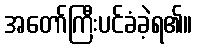
အတော်ကြီးပင်ခံခဲ့ရ၏။